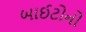
બાઈટોનો